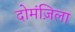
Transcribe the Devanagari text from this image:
दोमंज़िला